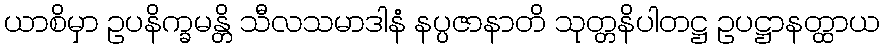
ယာစိမှာ ဥပနိက္ခမန္တိ သီလသမာဒါနံ နပ္ပဇာနာတိ သုတ္တနိပါတဋ္ဌ ဥပဋ္ဌာနတ္ထာယ